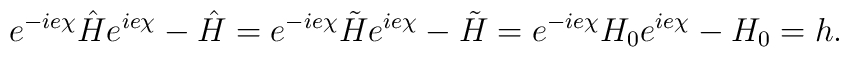
e^{-ie\chi}\hat{H}e^{ie\chi}-\hat{H} = e^{-ie\chi}\tilde{H}e^{ie\chi}-\tilde{H}= e^{-ie\chi}H_0e^{ie\chi}-H_0 = h.